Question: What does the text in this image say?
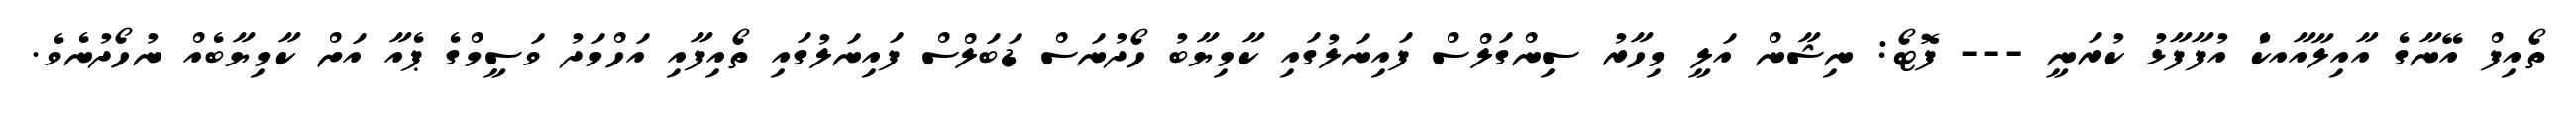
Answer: ތޯއިފް އޭނާގެ އާއިލާއާއކެު އުފާފާޅު ކުރަނީ --- ފޮޓޯ: ނިޝާން އަލީ މިހާރު ސިންގަލްސް ފައިނަލުގައި ކާމިޔާބު ހޯދުނަސް ޑަބަލްސް ފައިނަލުގައި ތޯއިފާއި އަހްމަދު ވަސީމްގެ ޕެއާ އަށް ކާމިޔާބެއް ނުހޯދުނެވެ.